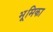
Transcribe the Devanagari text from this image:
भूूमिका